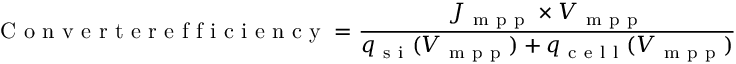
\mathrm { ~ C ~ o ~ n ~ v ~ e ~ r ~ t ~ e ~ r ~ e ~ f ~ f ~ i ~ c ~ i ~ e ~ n ~ c ~ y ~ } = \frac { J _ { \mathrm { ~ m ~ p ~ p ~ } } \times V _ { \mathrm { ~ m ~ p ~ p ~ } } } { q _ { \mathrm { ~ s ~ i ~ } } ( V _ { \mathrm { ~ m ~ p ~ p ~ } } ) + q _ { \mathrm { ~ c ~ e ~ l ~ l ~ } } ( V _ { \mathrm { ~ m ~ p ~ p ~ } } ) }